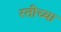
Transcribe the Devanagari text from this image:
रतीच्या